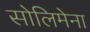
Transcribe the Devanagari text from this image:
सोलिमेना